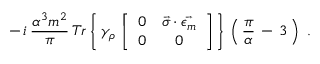
- \, i \, \frac { \alpha ^ { 3 } m ^ { 2 } } { \pi } \, T r \left\{ \, \gamma _ { \rho } \, \left[ \begin{array} { c c } { { 0 } } & { { \vec { \sigma } \cdot \vec { \epsilon _ { m } } } } \\ { { 0 } } & { { 0 } } \end{array} \right] \, \right\} \, \left( \, \frac { \pi } { \alpha } \, - \, 3 \, \right) \ .